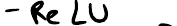
- ReLU